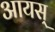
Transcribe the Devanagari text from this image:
आयस्